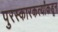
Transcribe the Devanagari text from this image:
पुरस्कारकर्त्यांकडून